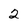
Character: 2